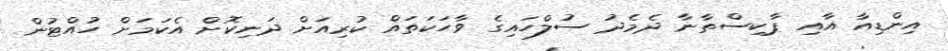
އިންޑިއާ އާއި ޕާކިސްތާނާ ދެމެދު ސުލްހައިގެ ވާހަކަތައް ކުރިއަށް ދަނިކޮށް އެކަމަށް ހުއްޓުން